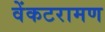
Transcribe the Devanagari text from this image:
वेंकटरामण